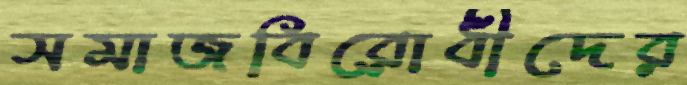
সমাজবিরোধীদের